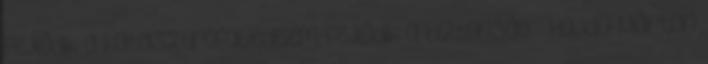
Fejlődik a katasztrófavédelem, fejlődik a biztonság – Hajdu Márton